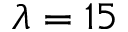
\lambda = 1 5